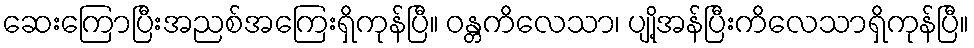
ဆေးကြောပြီးအညစ်အကြေးရှိကုန်ပြီ။ ဝန္တကိလေသာ၊ ပျို့အန်ပြီးကိလေသာရှိကုန်ပြီ။